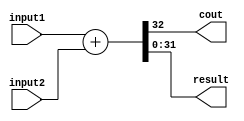
module adder(cout,result, input1, input2);
output[31:0] result;
input[31:0] input1, input2;
output cout;
assign {cout, result} = input1+input2;
endmodule